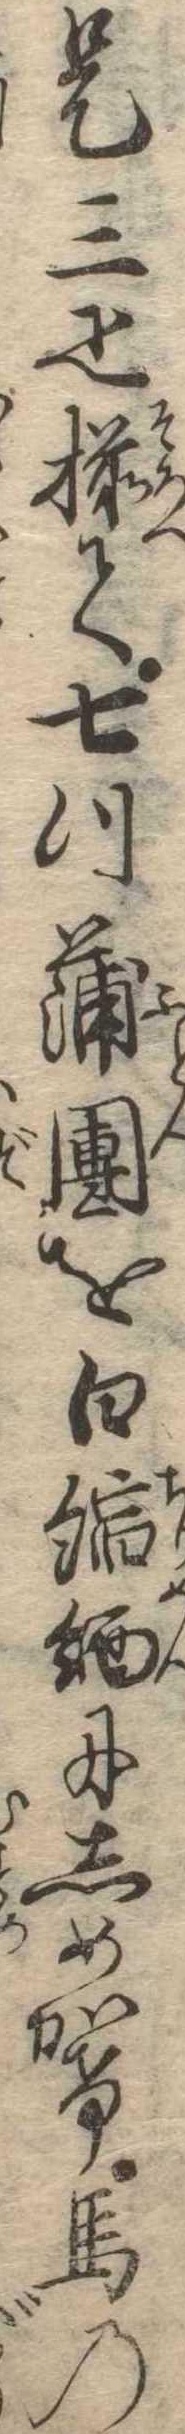
是三疋揃て七つ蒲団を白縮緬にしめかけ馬の